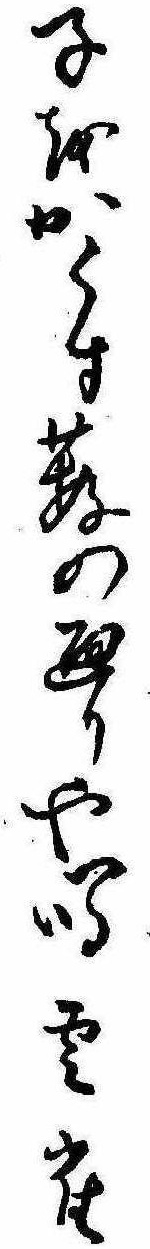
子をかくす薮の廻りや鳴雲雀